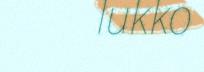
lukko